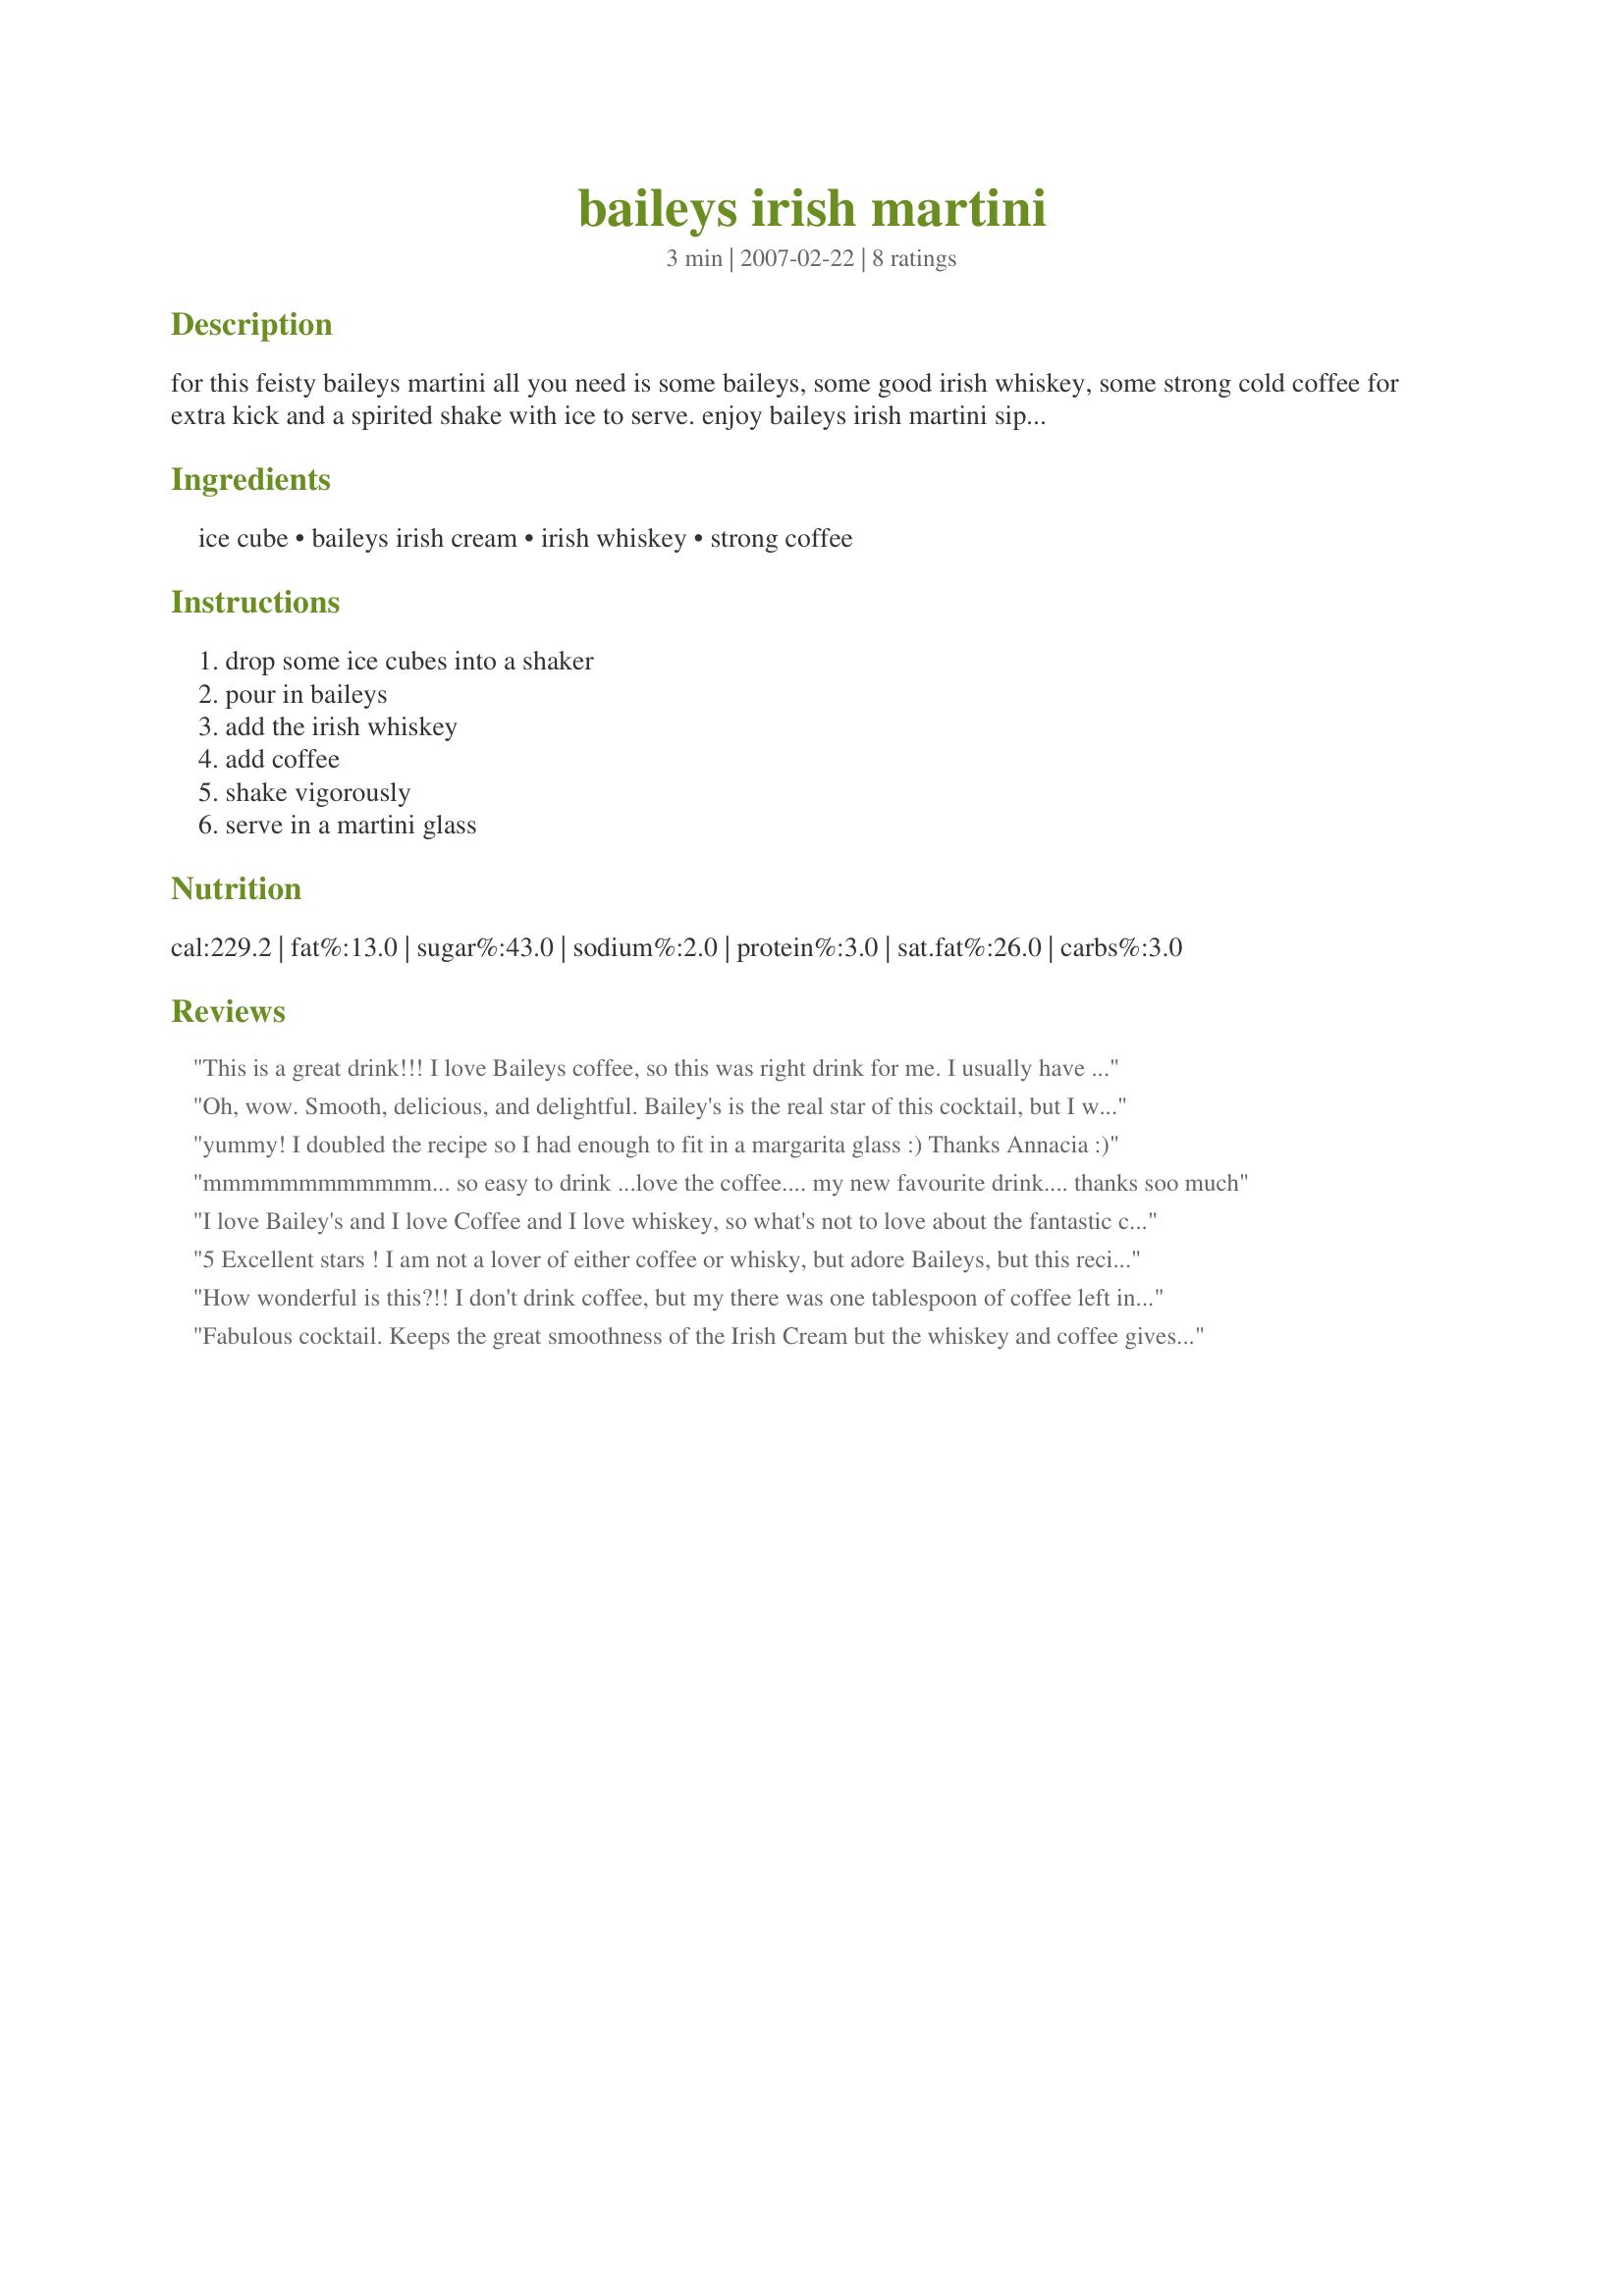
baileys irish martini
Preparation time: 3 minutes

for this feisty baileys martini all you need is some baileys, some good irish whiskey, some strong cold coffee for extra kick and a spirited shake with ice to serve. enjoy baileys irish martini sip by sip, you won’t want it to end.

Ingredients:
ice cube, baileys irish cream, irish whiskey, strong coffee

Steps:
drop some ice cubes into a shaker, pour in baileys, add the irish whiskey, add coffee, shake vigorously, serve in a martini glass

Reviews:
This is a great drink!!! I love Baileys coffee, so this was right drink for me. I usually have Baileys and coffee as a hot drink, but liked this cold verison as much!!
Oh, wow. Smooth, delicious, and delightful. Bailey's is the real star of this cocktail, but I wouldn't leave a thing out because it packs a wonderful flavor combo that is a real treat. Thanks, Annacia. Made for "Zaar Stars" tag game.
yummy! I doubled the recipe so I had enough to fit in a margarita glass :) Thanks Annacia :)
mmmmmmmmmmmm... so easy to drink ...love the coffee.... my new favourite drink.... thanks soo much
I love Bailey's and I love Coffee and I love whiskey, so what's not to love about the fantastic combination. What a smooth drink to sip on. Thanks so much for sharing. Made for SSC Pet Parade.
5 Excellent stars ! I am not a lover of either coffee or whisky, but adore Baileys, but this recipe is great and the coffee (a good strong Dutch brew) and whisky (I used Tullamore Dew) even in their very small amounts cut the sweetness of the drink and give it an extra dimention that it wouldn't otherwise have had. Some of the guests I served this to prefered it with ice, and some prefered it without and that was the only debate about this recipe.. all agreed that it was one to keep and have often as a treat. Thanks !!!
How wonderful is this?!! I don't drink coffee, but my there was one tablespoon of coffee left in my husband's coffee pot and I had some Bailey's in the fridge, a bottle of whiskey in the cabinet - so I made a dinner-preparation cocktail. Lovely. Thanks for sharing!
Fabulous cocktail. Keeps the great smoothness of the Irish Cream but the whiskey and coffee gives it a great depth and takes some of the richness out of the Irish Cream so you just want to keep coming back for more!
